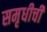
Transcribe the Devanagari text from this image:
समृधीची